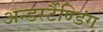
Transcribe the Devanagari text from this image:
अन्डर्स्टैण्डिंग